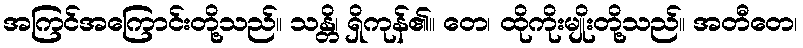
အကြင်အကြောင်းတို့သည်။ သန္တိ၊ ရှိကုန်၏။ တေ၊ ထိုကိုးမျိုးတို့သည်။ အတီတေ၊